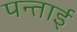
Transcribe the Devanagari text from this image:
पन्ताई